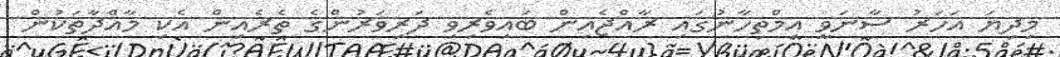
މިދިޔަ އަހަރު ސާނަވީ އިމްތިހާނުގައި ރާއްޖެއިން ބައިވެރިވި ދަރިވަރުންގެ ތެރެއިން އެކި މާއްދާތަކުން